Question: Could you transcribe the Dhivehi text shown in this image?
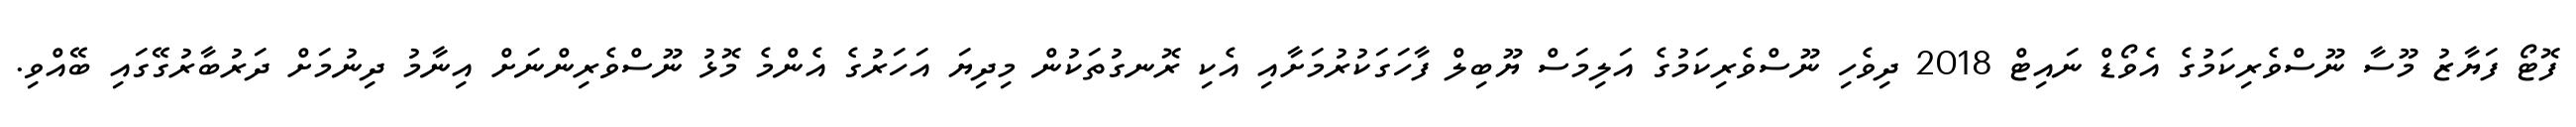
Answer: ފޮޓޯ ފަޔާޒު މޫސާ ނޫސްވެރިކަމުގެ އެވޯޑް ނައިޓް 2018 ދިވެހި ނޫސްވެރިކަމުގެ އަލިމަސް ޔޫބިލް ފާހަގަކުރުމަށާއި އެކި ރޮނގުތަކުން މިދިޔަ އަހަރުގެ އެންމެ މޮޅު ނޫސްވެރިންނަށް އިނާމު ދިނުމަށް ދަރުބާރުގޭގައި ބޭއްވި.